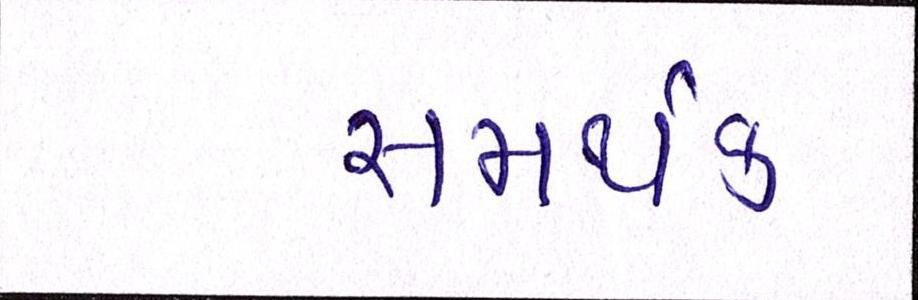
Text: સમર્થક